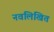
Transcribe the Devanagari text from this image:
नवलिखित